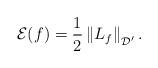
LaTeX: \begin{align*}\mathcal{E}(f)=\frac12\left\|L_f\right\|_{\mathcal{D}'}.\end{align*}